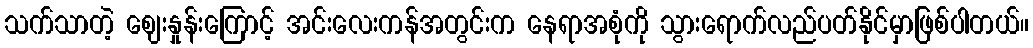
သက်သာတဲ့ ဈေးနှုန်းကြောင့် အင်းလေးကန်အတွင်းက နေရာအစုံကို သွားရောက်လည်ပတ်နိုင်မှာဖြစ်ပါတယ်။